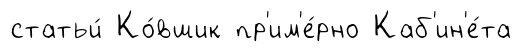
статьи́ Ко́вшик пр'им'е́рно Каб'ин'е́та